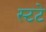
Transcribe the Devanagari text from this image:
स्टटे